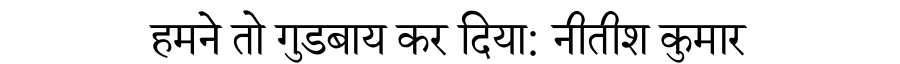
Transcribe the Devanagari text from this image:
हमने तो गुडबाय कर दिया: नीतीश कुमार